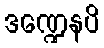
ဒဏ္ဍေနပိ